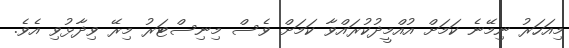
މިއަހަރު ނިމޭނެ ކަމަށް އުއްމީދުކުރައްވާ ކަމަށް ވެސް މިނިސްޓަރު މިރޭ ވިދާޅުވި އެވެ.